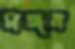
মজন